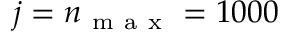
j = n _ { \mathrm { ~ m ~ a ~ x ~ } } = 1 0 0 0